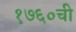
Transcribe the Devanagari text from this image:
१७६०ची